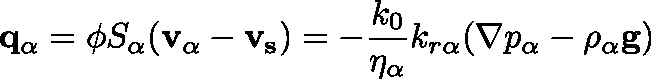
\mathbf { q _ { \alpha } } = \phi S _ { \alpha } ( \mathbf { v _ { \alpha } } - \mathbf { v _ { s } } ) = - \frac { k _ { 0 } } { \eta _ { \alpha } } k _ { r \alpha } ( \nabla p _ { \alpha } - \rho _ { \alpha } \mathbf { g } )